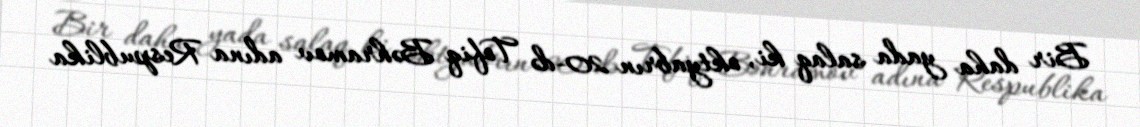
Bir daha yada salaq ki, oktyabrın 20-də Tofiq Bəhramov adına Respublika